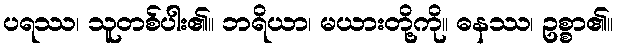
ပရဿ၊ သူတစ်ပါး၏။ ဘရိယာ၊ မယားတို့ကို။ ဓနဿ၊ ဥစ္စာ၏။